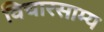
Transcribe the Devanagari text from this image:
विचारसाम्य